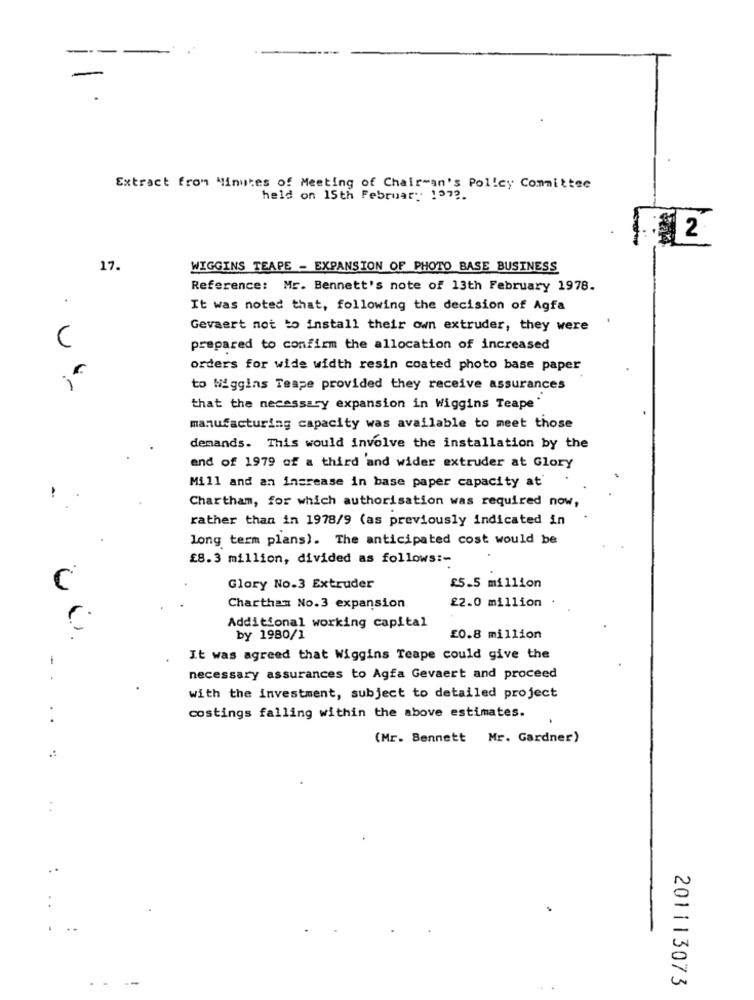
Extract from Minutes of Meeting of Chairman's Policy Committee
held on 15th Februar: 197 ?.
17.
WIGGINS TEAPE - EXPANSION OF PHOTO BASE BUSINESS
Reference: Mr. Bennett's note of 13th February 1978.
It was noted that, following the decision of Agfa
Gevaert not to install their own extruder, they were
C
prepared to confirm the allocation of increased
orders for wide width resin coated photo base paper
to Wiggins Teape provided they receive assurances
that the necessary expansion in Wiggins Teape
manufacturing capacity was available to meet those
demands. This would involve the installation by the
end of 1979 of a third and wider extruder at Glory
Mill and an increase in base paper capacity at'
Chartham, for which authorisation was required now,
rather than in 1978/9 (as previously indicated in
long term plans). The anticipated cost would be
£8.3 million, divided as follows :-
C
Glory No.3 Extruder
£5.5 million
£2.0 million
Charthan No.3 expansion
Additional working capital
by 1980/1
£0.8 million
It was agreed that Wiggins Teape could give the
necessary assurances to Agfa Gevaert and proceed
with the investment, subject to detailed project
. .
costings falling within the above estimates.
(Mr. Bennett Mr. Gardner)
201113073